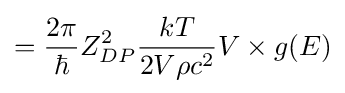
={\frac {2\pi }{\hbar }}Z_{DP}^{2}{\frac {kT}{2V\rho c^{2}}}V\times g(E)